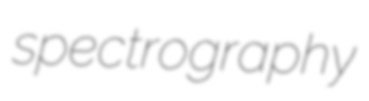
spectrography